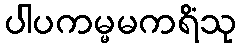
ပါပကမ္မမကရိံသု